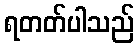
ရတတ်ပါသည်